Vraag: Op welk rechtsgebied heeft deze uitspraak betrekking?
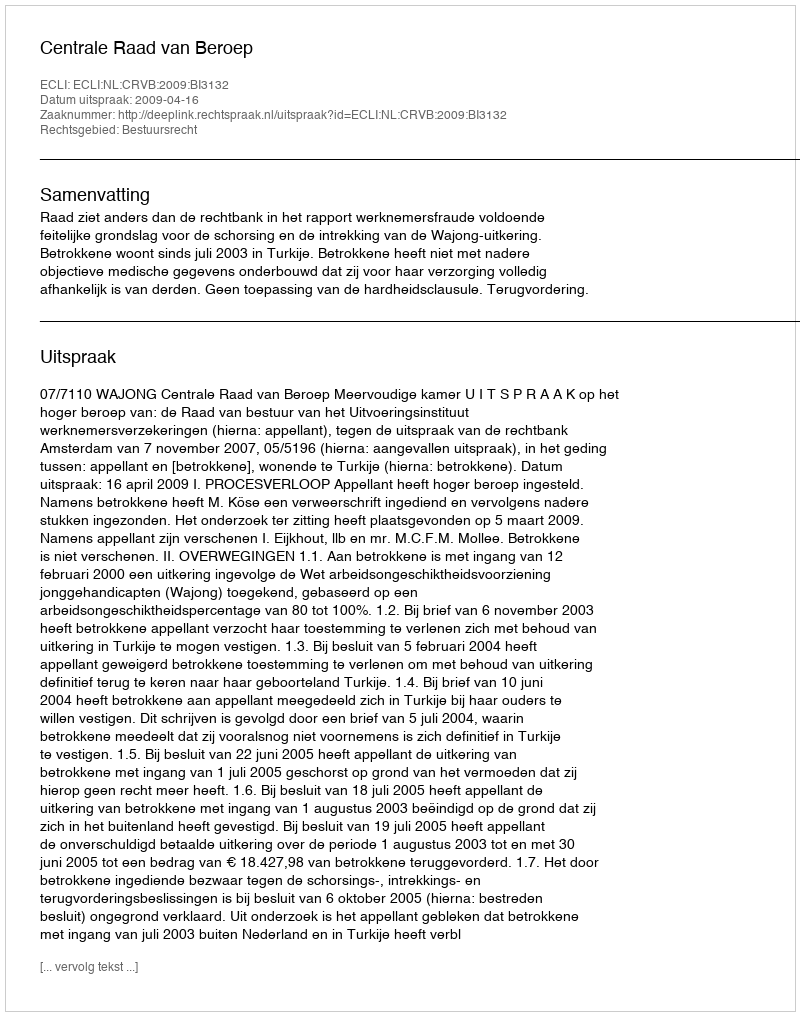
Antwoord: Bestuursrecht